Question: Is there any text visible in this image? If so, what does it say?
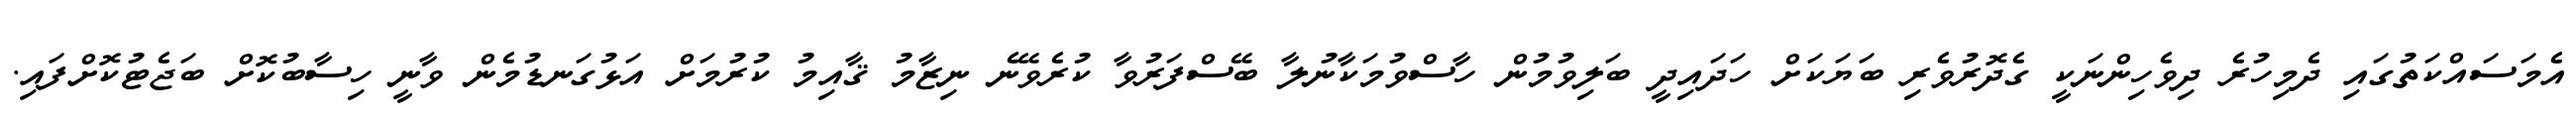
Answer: އެމަސައްކަތުގައި ދެމިހުރެ ދިވެހިންނަކީ ގެދޮރުވެރި ބަޔަކަށް ހަދައިދީ ބަލިވުމުން ހާސްވުމަކާނުލާ ބޭސްފަރުވާ ކުރެވޭނެ ނިޒާމު ޤާއިމު ކުރުމަށް އަޅުގަނޑުމެން ވާނީ ހިސާބުކޮށް ބަޖެޓުކޮށްފައި.